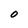
Character: O